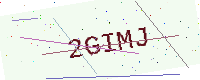
Text: 2GIMJ